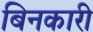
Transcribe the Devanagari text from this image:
बिनकारी